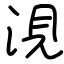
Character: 涀